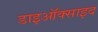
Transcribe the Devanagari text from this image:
डाइऑक्साइद